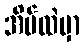
အိမ်ထဲမှာ